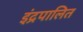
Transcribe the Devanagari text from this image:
इंद्रपालित